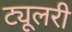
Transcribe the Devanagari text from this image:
ट्यूलरी